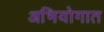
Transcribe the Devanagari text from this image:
अभियोगात